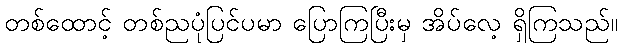
တစ်ထောင့် တစ်ညပုံပြင်ပမာ ပြောကြပြီးမှ အိပ်လေ့ ရှိကြသည်။